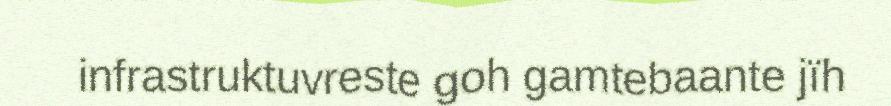
infrastruktuvreste goh gamtebaante jïh